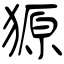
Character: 獂